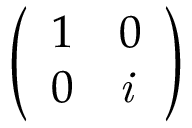
\left( \begin{array} { l l } { 1 } & { 0 } \\ { 0 } & { \it { i } } \end{array} \right)